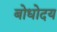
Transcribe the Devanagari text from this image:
बोधोदय